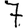
Digit: 7